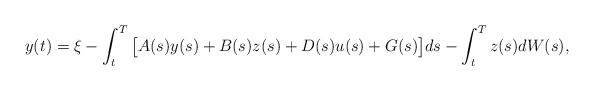
LaTeX: \begin{align*}y(t)= \xi-\int_t^T\big [A(s)y(s) +B(s)z(s)+D(s)u(s)+G(s)\big]ds- \int_t^Tz(s)dW(s) ,\end{align*}